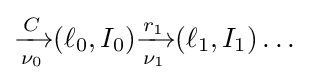
{\xrightarrow[{\nu _{0}}]{C}}(\ell _{0},I_{0}){\xrightarrow[{\nu _{1}}]{r_{1}}}(\ell _{1},I_{1})\dots